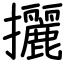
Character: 攦